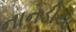
નાનડીયા